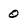
Character: 0